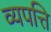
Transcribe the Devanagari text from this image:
व्यपत्ति